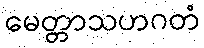
မေတ္တာသဟဂတံ